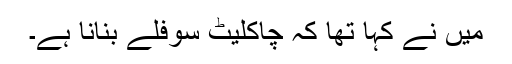
میں نے کہا تھا کہ چاکلیٹ سوفلے بنانا ہے۔